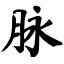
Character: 脉